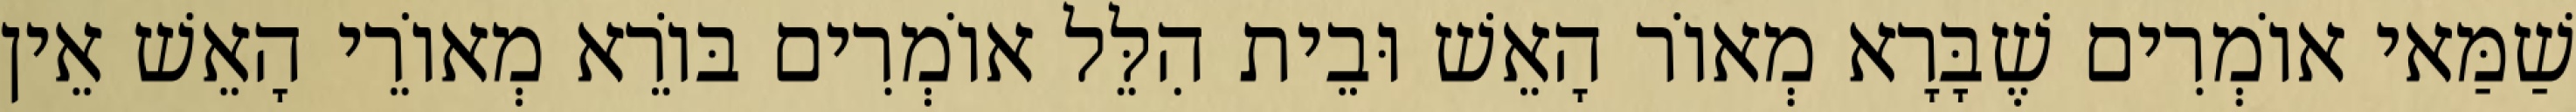
שַׁמַּאי אוֹמְרִים שֶׁבָּרָא מְאוֹר הָאֵשׁ וּבֵית הִלֵּל אוֹמְרִים בּוֹרֵא מְאוֹרֵי הָאֵשׁ אֵין